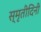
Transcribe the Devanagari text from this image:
स्मृतीदिनी